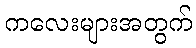
ကလေးများအတွက်